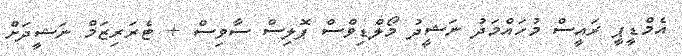
އެމްޑީޕީ ރައީސް މުހައްމަދު ނަޝީދު މޯލްޑިވްސް ޕޮލިސް ސާވިސް + ޓެރަރިޒަމް ނަޝީދަށް